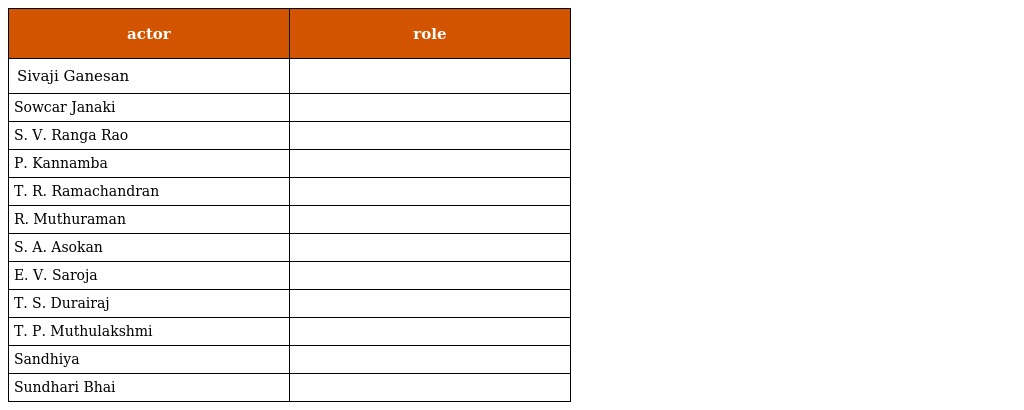
| actor | role |
 | --- | --- |
 | Sivaji Ganesan |  |
 | Sowcar Janaki |  |
 | S. V. Ranga Rao |  |
 | P. Kannamba |  |
 | T. R. Ramachandran |  |
 | R. Muthuraman |  |
 | S. A. Asokan |  |
 | E. V. Saroja |  |
 | T. S. Durairaj |  |
 | T. P. Muthulakshmi |  |
 | Sandhiya |  |
 | Sundhari Bhai |  |